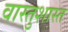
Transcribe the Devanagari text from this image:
वास्तुशास्त